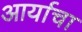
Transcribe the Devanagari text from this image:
आर्याचा